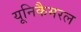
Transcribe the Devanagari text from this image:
यूनिकैमरल